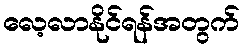
လေ့လာနိုင်ရန်အတွက်